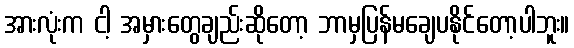
အားလုံးက ငါ့ အမှားတွေချည်းဆိုတော့ ဘာမှပြန်မချေပနိုင်တော့ပါဘူး။